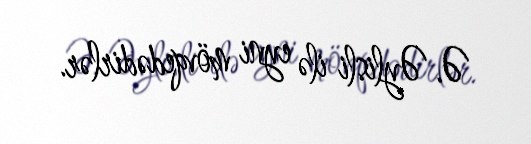
Ə. Əylisli ilə eyni mövqedədirlər.